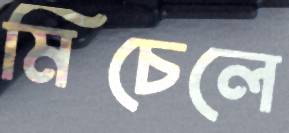
মিচেলে